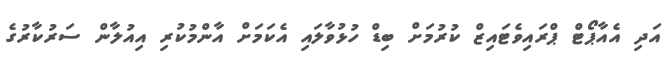
އަދި އެއާޕޯޓް ޕްރައިވެޓައިޒް ކުރުމަށް ބިޑް ހުޅުވާލައި އެކަމަށް އާންމުކުރި އިއުލާން ސަރުކާރުގެ